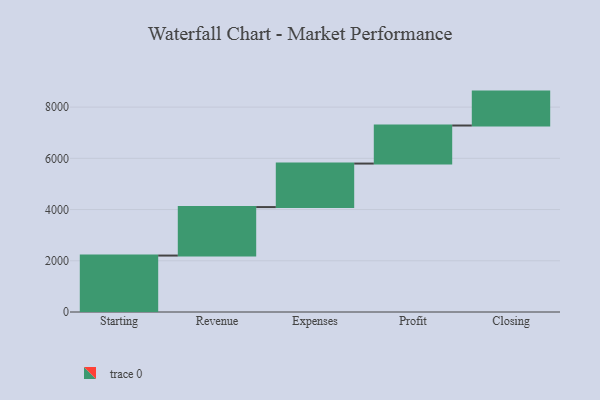
{"axis": {"x": "Step", "y": "Value"}, "legend": [""], "data": [{"x": "Starting", "y": 2204.0, "type": ""}, {"x": "Revenue", "y": 1893.0, "type": ""}, {"x": "Expenses", "y": 1699.0, "type": ""}, {"x": "Profit", "y": 1486.0, "type": ""}, {"x": "Closing", "y": 1324.0, "type": ""}]}